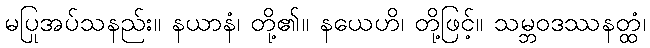
မပြုအပ်သနည်း။ နယာနံ၊ တို့၏။ နယေဟိ၊ တို့ဖြင့်။ သမ္ဘဝဒဿနတ္ထံ၊